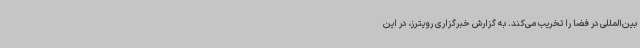
بین‌المللی در فضا را تخریب می‌کند. به گزارش خبرگزاری رویترز، در این